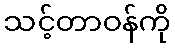
သင့်တာဝန်ကို